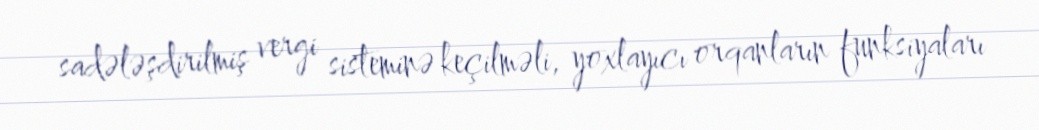
sadələşdirilmiş vergi sisteminə keçilməli, yoxlayıcı orqanların funksiyaları